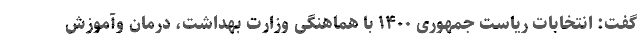
گفت: انتخابات ریاست جمهوری ۱۴۰۰ با هماهنگی وزارت بهداشت، درمان وآموزش